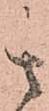
其